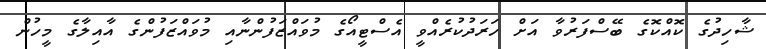
ޝާހިދުގެ ކޮއްކޮގެ ބޭސްފަރުވާ އަށް ހަރަދުކުރެއްވީ އެސްޓީއޯގެ މުވައްޒަފުންނާއި މުވައްޒަފުންގެ އާއިލާގެ މީހުން